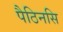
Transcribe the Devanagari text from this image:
पैठिनसि